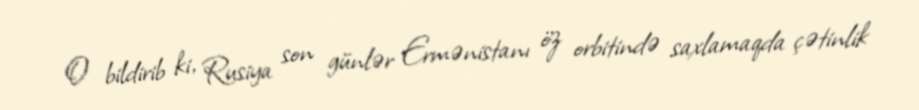
O bildirib ki, Rusiya son günlər Ermənistanı öz orbitində saxlamaqda çətinlik